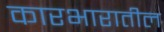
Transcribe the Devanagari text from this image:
कारभारातील